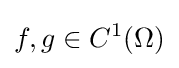
f,g\in C^{1}(\Omega )